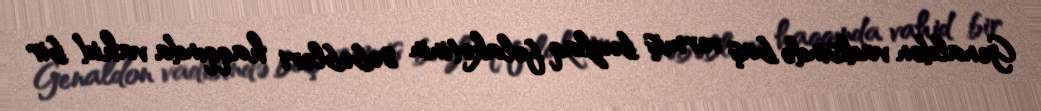
Genaldon vadisində baş vermiş buzlaq fəlakətinin səbəbləri haqqında vahid bir